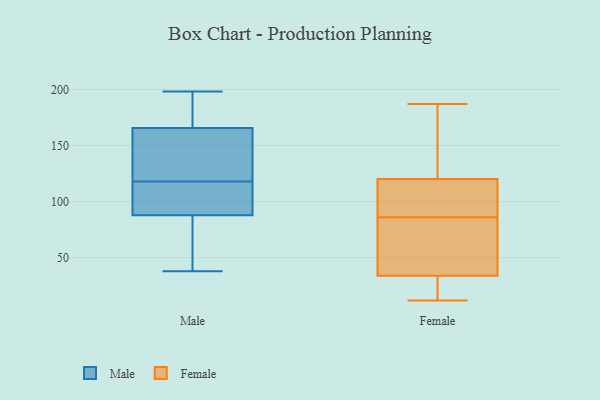
{"axis": {"x": "Satisfaction Score", "y": "Value"}, "legend": ["Female", "Male"], "data": [{"x": "", "y": 87, "type": "Male"}, {"x": "", "y": 118, "type": "Male"}, {"x": "", "y": 73, "type": "Male"}, {"x": "", "y": 176, "type": "Male"}, {"x": "", "y": 88, "type": "Male"}, {"x": "", "y": 129, "type": "Male"}, {"x": "", "y": 95, "type": "Male"}, {"x": "", "y": 198, "type": "Male"}, {"x": "", "y": 118, "type": "Male"}, {"x": "", "y": 38, "type": "Male"}, {"x": "", "y": 162, "type": "Male"}, {"x": "", "y": 183, "type": "Male"}, {"x": "", "y": 96, "type": "Male"}, {"x": "", "y": 131, "type": "Female"}, {"x": "", "y": 32, "type": "Female"}, {"x": "", "y": 187, "type": "Female"}, {"x": "", "y": 30, "type": "Female"}, {"x": "", "y": 124, "type": "Female"}, {"x": "", "y": 12, "type": "Female"}, {"x": "", "y": 58, "type": "Female"}, {"x": "", "y": 130, "type": "Female"}, {"x": "", "y": 99, "type": "Female"}, {"x": "", "y": 93, "type": "Female"}, {"x": "", "y": 106, "type": "Female"}, {"x": "", "y": 86, "type": "Female"}, {"x": "", "y": 34, "type": "Female"}, {"x": "", "y": 119, "type": "Female"}, {"x": "", "y": 34, "type": "Female"}, {"x": "", "y": 44, "type": "Female"}, {"x": "", "y": 69, "type": "Female"}]}